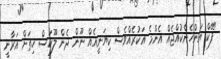
"ފޭކް އަންހެންކުއްޖެއް އެންމެ އަކުރެއްވެސް ކިޔަނީއެއް ނޫން ދެން ލޫކަސް ހިތަށް އަރާނީ